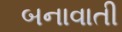
બનાવાતી